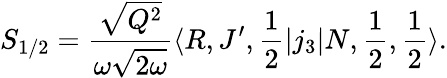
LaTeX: S_{1/2}=\frac{\sqrt{Q^{2}}}{\omega\sqrt{2\omega}}\langle R,J^{\prime},\frac{1}{2}\left|j_{3}\right|N,\frac{1}{2},\frac{1}{2}\rangle.